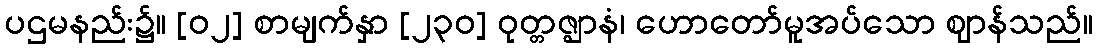
ပဌမနည်း၌။ [၀၂] စာမျက်နှာ [၂၃၀] ဝုတ္တဇ္ဈာနံ၊ ဟောတော်မူအပ်သော ဈာန်သည်။